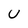
Character: U